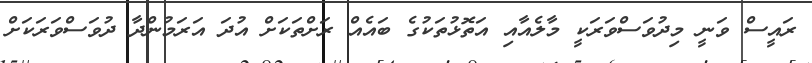
ރައީސް ވަނީ މިދުވަސްވަރަކީ މާލެއާއި އަތޮޅުތަކުގެ ބައެއް ރަށްތަކަށް އުދަ އަރަމުންދާ ދުވަސްވަރަކަށް